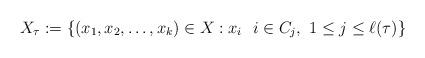
LaTeX: \begin{align*}X_\tau:=\{(x_1,x_2,\ldots,x_k)\in X:x_i\ \ i\in C_j,\ 1\leq j\leq \ell(\tau)\}\end{align*}